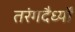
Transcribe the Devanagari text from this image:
तरंगदैर्ध्‍यों